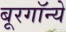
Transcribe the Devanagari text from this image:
बूरगॉन्ये